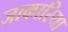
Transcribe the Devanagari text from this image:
जाकारिया